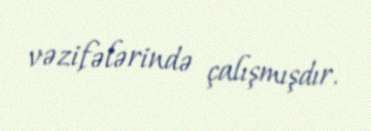
vəzifələrində çalışmışdır.